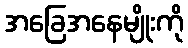
အခြေအနေမျိုးကို